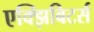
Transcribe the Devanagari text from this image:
एक्झिबिटर्स